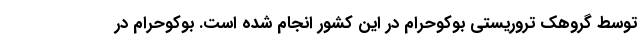
توسط گروهک تروریستی بوکوحرام در این کشور انجام شده است. بوکوحرام در